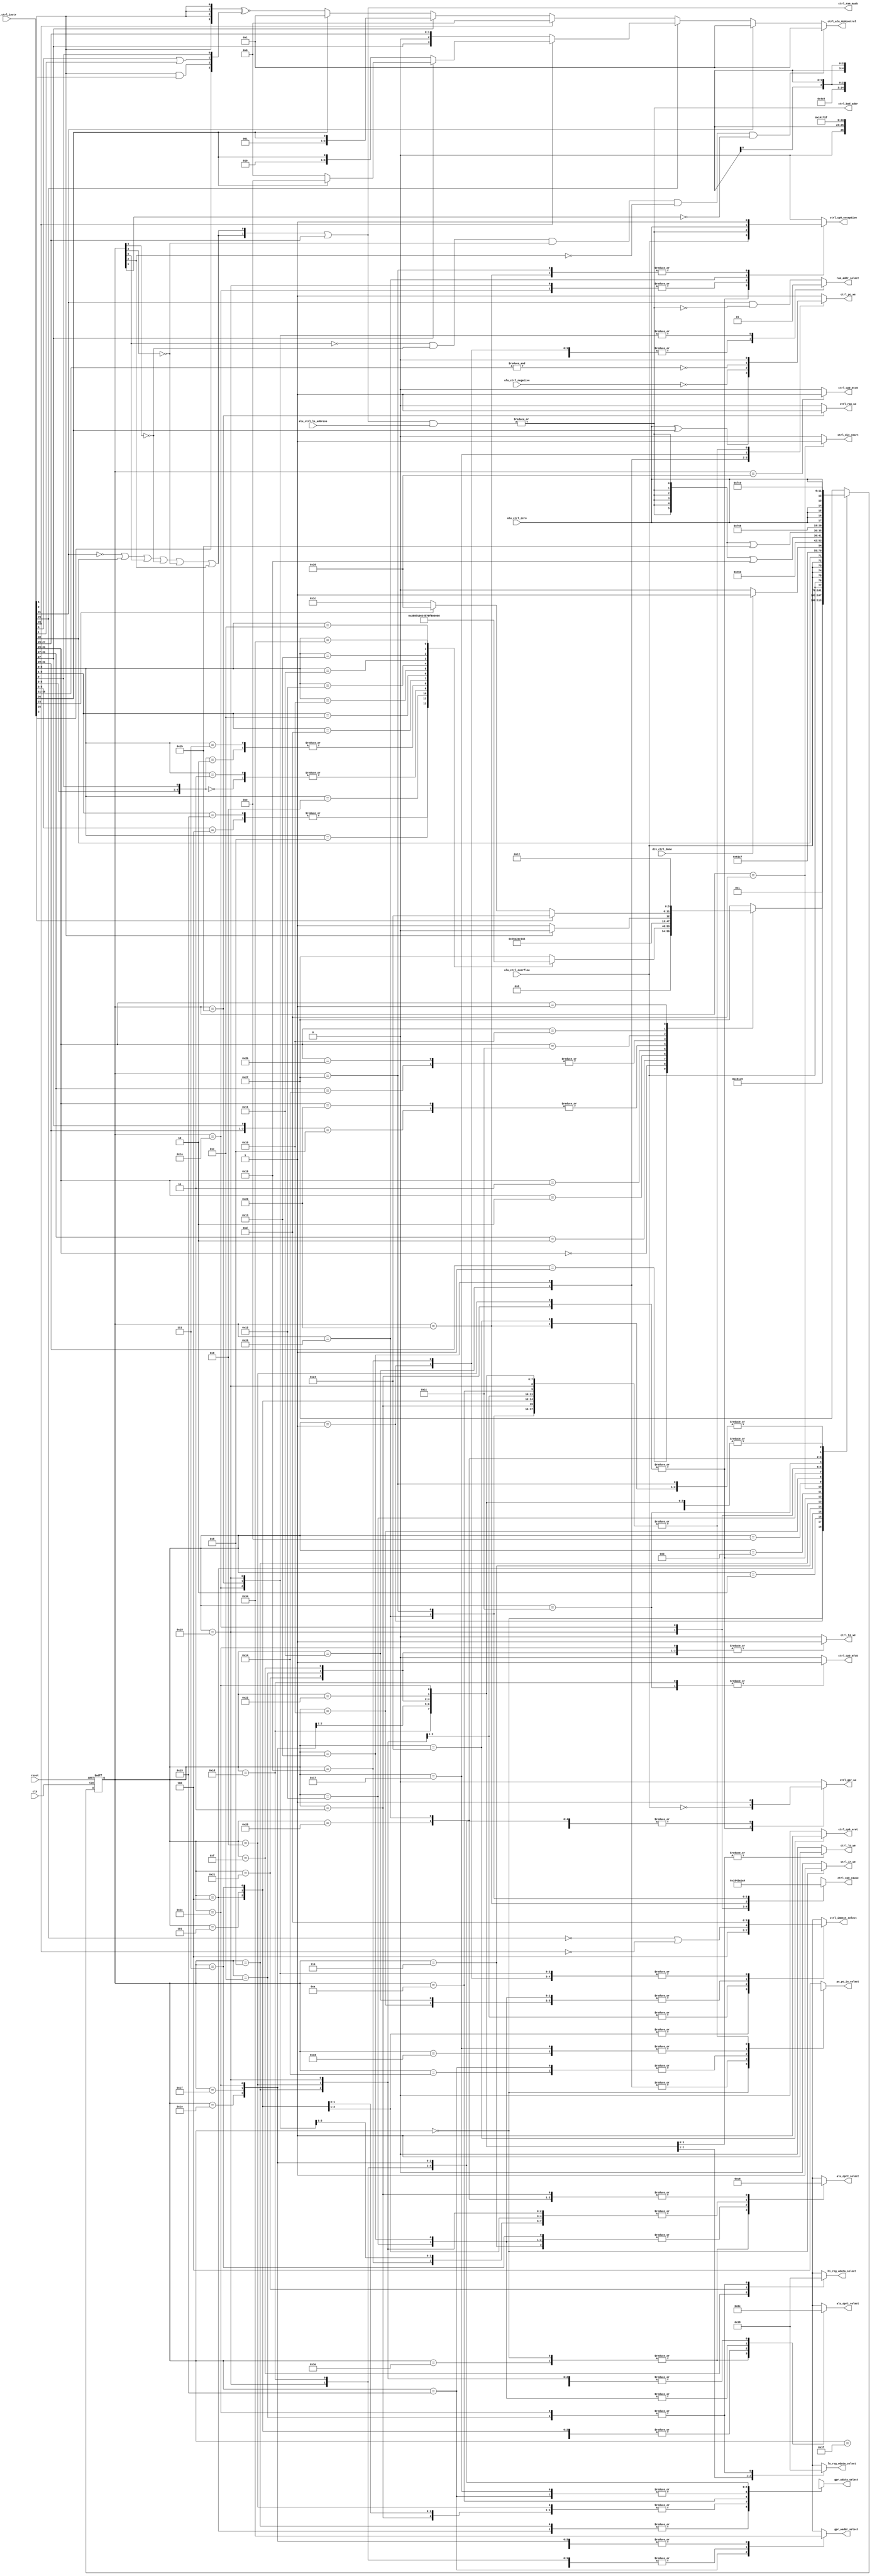
module Controller (
    input wire clk, // Src : clk
    input wire reset, // Src : reset
    input wire[31:0] ir_ctrl_instr, // Src : IR.ir_out
    input wire alu_ctrl_overflow, // Src : ALU.overflow
    input wire alu_ctrl_zero, // Src : ALU.zero
    input wire alu_ctrl_negative, // Src : ALU.negative
    input wire[1:0] alu_ctrl_ls_address, // Src : ALU.ALUresult[1:0]
    input wire div_ctrl_done, // Src : divCalulate.divDone

    output wire ctrl_ram_we,
    output wire[1:0] ctrl_ram_mask,
    output wire ctrl_bad_addr,
    output wire[3:0] ctrl_alu_ALUcontrol,
    output wire ctrl_pc_we,
    output wire ctrl_ir_we,
    output wire ctrl_gpr_we,
    output wire[1:0] ctrl_immext_select,
    output wire ctrl_div_start,
    output wire ctrl_hi_we,
    output wire ctrl_lo_we,
    output wire ctrl_cp0_mfc0,
    output wire ctrl_cp0_mtc0,
    output wire ctrl_cp0_exception,
    output wire ctrl_cp0_eret,
    output wire[4:0] ctrl_cp0_cause,

    // select signal
    output wire ram_addr_select,
    output wire[1:0] alu_opr1_select,
    output wire[1:0] alu_opr2_select,
    output wire[2:0] pc_pc_in_select,
    output wire[1:0] gpr_waddr_select,
    output wire[2:0] gpr_wdata_select,
    output wire[1:0] hi_reg_wdata_select,
    output wire[1:0] lo_reg_wdata_select
);
    // definitions
    parameter sFetch            = 6'd0;
    parameter sDecode           = 6'd1;
    parameter sALregExe         = 6'd2;
    parameter sALregWB          = 6'd3;
    parameter sShamtShiftExe    = 6'd4;
    parameter sShamtShiftWB     = 6'd5;
    parameter sVarShiftExe      = 6'd6;
    parameter sVarShiftWB       = 6'd7;
    parameter sALimmExe         = 6'd8;
    parameter sALimmWB          = 6'd9;
    parameter sClz              = 6'd10;
    parameter sMulExe           = 6'd11;
    parameter sMulWB            = 6'd12;
    parameter sDivStart         = 6'd13;
    parameter sDivExe           = 6'd14;
    parameter sDivWB            = 6'd15;
    parameter sBeqExe           = 6'd16;
    parameter sBeqWB            = 6'd17;
    parameter sBgezExe          = 6'd18;
    parameter sBgezWB           = 6'd19;
    parameter sJump             = 6'd20;
    parameter sJAL              = 6'd21;
    parameter sJR               = 6'd22;
    parameter sJALR             = 6'd23;
    parameter sLoadMem          = 6'd24;
    parameter sLoadWB           = 6'd25;
    parameter sStoreMem         = 6'd26;
    parameter sStoreWB          = 6'd27;
    parameter sMFC0Ask          = 6'd28;
    parameter sMFC0Get          = 6'd29;
    parameter sMFHI             = 6'd30;
    parameter sMFLO             = 6'd31;
    parameter sMTC0             = 6'd32;
    parameter sMTHI             = 6'd33;
    parameter sMTLO             = 6'd34;
    parameter sSyscall          = 6'd35;
    parameter sEret             = 6'd36;
    parameter sTeqExe           = 6'd37;
    parameter sTeqWB            = 6'd38;
    parameter sBreak            = 6'd39;
    parameter sMul3WB           = 6'd44;
    parameter sException        = 6'd63;
    parameter sInit             = 6'd62;

    reg[5:0] status_reg;

    assign ctrl_ram_mask = {2{~ir_ctrl_instr[31] | ir_ctrl_instr[30] | status_reg[5] | ~status_reg[4] | ~status_reg[3] | status_reg[2]}} | ir_ctrl_instr[27:26];

    assign ctrl_bad_addr = | (ctrl_ram_mask & alu_ctrl_ls_address);
    assign ctrl_alu_ALUcontrol = (~status_reg[5] & ~status_reg[4] & ~status_reg[3] & ~status_reg[2] & ~status_reg[1]) ? 4'b0001 :
                                    (ir_ctrl_instr[31] ? 4'b0001  // Load / Store
                                        :
                                        (ir_ctrl_instr[29] ?
                                            (ir_ctrl_instr[28] ? // 11xx
                                                (ir_ctrl_instr[27] ? // 111x
                                                    (ir_ctrl_instr[26] ? 4'b1110 : 4'b0110) 
                                                    : //1111 lui   1110 xori
                                                    {1'b0, ir_ctrl_instr[28:26]} //1101 ori   1100 andi
                                                    // (inst[26] ? 4'b0101 : 4'b0100) //1101 ori   1100 andi
                                                ) 
                                                : // 10xx
                                                {ir_ctrl_instr[27], ir_ctrl_instr[28:26]}
                                                // (inst[27] ? 
                                                //     (inst[26] ? 4'b1011 : 4'b1010) : //1011 sltiu    1010 slti
                                                //     (inst[26] ? 4'b0001 : 4'b0000) //1001 addiu   1000 addi
                                                // )
                                            )
                                            :
                                            (ir_ctrl_instr[28] ? // 01xx
                                                4'b0110 
                                                : // 00xx
                                                (ir_ctrl_instr[27] ? // 001x
                                                    {2'b00, ir_ctrl_instr[27:26]} : // 000x
                                                    // (ir_ctrl_instr[26] ? 4'b1011 : 4'b1010) : //0011 jal   0010 j
                                                    (ir_ctrl_instr[26] ? 4'b0001 : {4{ir_ctrl_instr[5]}} ~^ {ir_ctrl_instr[3], ir_ctrl_instr[5] & ir_ctrl_instr[2], ir_ctrl_instr[4] | ir_ctrl_instr[1], ir_ctrl_instr[0]}) //0001 bgez   0000 R type & teq
                                                )
                                            )
                                        )
                                    );


    always @(posedge clk or posedge reset) begin
        if (reset) begin
            status_reg <= sFetch;
        end
        else begin
            case (status_reg)
                sFetch:
                    status_reg <= sDecode;
                sDecode:
                    begin
                        casex (ir_ctrl_instr[31:26])
                            6'b001xxx:
                                status_reg <= sALimmExe;
                            
                            6'b000000:
                                begin
                                    casex (ir_ctrl_instr[5:0])
                                        6'b100xxx:
                                            status_reg <= sALregExe;
                                        6'b10101x:
                                            status_reg <= sALregExe;

                                        6'b001000:
                                            status_reg <= sJR;

                                        6'b001001:
                                            status_reg <= sJALR;

                                        6'b0000x0:
                                            status_reg <= sShamtShiftExe;
                                        6'b000011:
                                            status_reg <= sShamtShiftExe;

                                        6'b0001x0:
                                            status_reg <= sVarShiftExe;
                                        6'b000111:
                                            status_reg <= sVarShiftExe;

                                        6'b01101x:
                                            status_reg <= sDivStart;
                                        
                                        6'b01100x:
                                            status_reg <= sMulExe;
                                        
                                        6'b010000:
                                            status_reg <= sMFHI;

                                        6'b010010:
                                            status_reg <= sMFLO;

                                        6'b010001:
                                            status_reg <= sMTHI;

                                        6'b010011:
                                            status_reg <= sMTLO;

                                        6'b001100:
                                            status_reg <= sSyscall;

                                        6'b110100:
                                            status_reg <= sTeqExe;

                                        6'b001101:
                                            status_reg <= sBreak;

                                        default: 
                                            status_reg <= sBreak;
                                    endcase
                                end
                            
                            6'b00010x:
                                status_reg <= sBeqExe;
                            
                            6'b000010:
                                status_reg <= sJump;

                            6'b000011:
                                status_reg <= sJAL;

                            6'b100x0x:
                                status_reg <= sLoadMem;
                            6'b100011:
                                status_reg <= sLoadMem;

                            6'b10100x:
                                status_reg <= sStoreMem;
                            6'b101011:
                                status_reg <= sStoreMem;

                            6'b011100:
                                status_reg <= ir_ctrl_instr[5] ? sClz : sMulExe;

                            6'b010000:
                                status_reg <= ir_ctrl_instr[25] ? sEret : (ir_ctrl_instr[23] ? sMTC0 : sMFC0Ask);

                            6'b000001:
                                status_reg <= sBgezExe;
                            default: 
                                status_reg <= sBreak;
                        endcase
                    end

                sALregExe:
                    status_reg <= sALregWB;
                sALregWB:
                    status_reg <= {6{alu_ctrl_overflow}};

                sShamtShiftExe:
                    status_reg <= sShamtShiftWB;
                sShamtShiftWB:
                    status_reg <= sFetch;

                sVarShiftExe:
                    status_reg <= sVarShiftWB;
                sVarShiftWB:
                    status_reg <= sFetch;

                sALimmExe:
                    status_reg <= sALimmWB;
                sALimmWB:
                    status_reg <= {6{alu_ctrl_overflow}};

                sClz:
                    status_reg <= sFetch;

                sMulExe:
                    status_reg <= {ir_ctrl_instr[30], 5'b01100};
                sMulWB:
                    status_reg <= sFetch;

                sDivStart:
                    status_reg <= sDivExe;
                sDivExe:
                    status_reg <= div_ctrl_done ? sDivWB : sDivExe;
                sDivWB:
                    status_reg <= sFetch;

                sBeqExe:
                    status_reg <= sBeqWB;
                sBeqWB:
                    status_reg <= sFetch;

                sBgezExe:
                    status_reg <= sBgezWB;
                sBgezWB:
                    status_reg <= sFetch;

                sJump:
                    status_reg <= sFetch;

                sJAL:
                    status_reg <= sFetch;

                sJR:
                    status_reg <= sFetch;
                
                sJALR:
                    status_reg <= sFetch;
                
                sLoadMem:
                    status_reg <= {6{ctrl_bad_addr}} | sLoadWB;
                sLoadWB:
                    status_reg <= sFetch;

                sStoreMem:
                    status_reg <= {6{ctrl_bad_addr}} | sStoreWB;
                sStoreWB:
                    status_reg <= sFetch;

                sMFC0Ask:
                    status_reg <= sMFC0Get;
                sMFC0Get:
                    status_reg <= sFetch;

                sMFHI:
                    status_reg <= sFetch;

                sMFLO:
                    status_reg <= sFetch;

                sMTC0:
                    status_reg <= sFetch;

                sMTHI:
                    status_reg <= sFetch;

                sMTLO:
                    status_reg <= sFetch;

                sSyscall:
                    status_reg <= sException;

                sEret:
                    status_reg <= sException;

                sTeqExe:
                    status_reg <= sTeqWB;
                sTeqWB:
                    status_reg <= {6{alu_ctrl_zero}};

                sBreak:
                    status_reg <= sException;

                sMul3WB:
                    status_reg <= sFetch;

                sException:
                    status_reg <= sFetch;

                sInit:
                    status_reg <= sFetch;
                default:
                    status_reg <= sBreak;
            endcase
        end
    end

    // control signals
    reg ram_we;
    reg pc_we;
    reg ir_we;
    reg gpr_we;
    reg[1:0] immext_select;
    reg div_start;
    reg hi_we;
    reg lo_we;
    reg cp0_mfc0;
    reg cp0_mtc0;
    reg cp0_exception;
    reg cp0_eret;
    reg[4:0] cp0_cause;

    // select signals
    reg addr_select;
    reg[1:0] opr1_select;
    reg[1:0] opr2_select;
    reg[2:0] pc_in_select;
    reg[1:0] reg_gpr_waddr_select;
    reg[2:0] reg_gpr_wdata_select;
    reg[1:0] reg_hi_reg_wdata_select;
    reg[1:0] reg_lo_reg_wdata_select;
    
    assign ctrl_ram_we = ram_we;
    assign ctrl_pc_we = pc_we;
    assign ctrl_ir_we = ir_we;
    assign ctrl_gpr_we = gpr_we;
    assign ctrl_immext_select = immext_select;
    assign ctrl_div_start = div_start;
    assign ctrl_hi_we = hi_we;
    assign ctrl_lo_we = lo_we;
    assign ctrl_cp0_mfc0 = cp0_mfc0;
    assign ctrl_cp0_mtc0 = cp0_mtc0;
    assign ctrl_cp0_exception = cp0_exception;
    assign ctrl_cp0_eret = cp0_eret;
    assign ctrl_cp0_cause = cp0_cause;

    assign ram_addr_select = addr_select;
    assign alu_opr1_select = opr1_select;
    assign alu_opr2_select = opr2_select;
    assign pc_pc_in_select = pc_in_select;
    assign gpr_waddr_select = reg_gpr_waddr_select;
    assign gpr_wdata_select = reg_gpr_wdata_select;
    assign hi_reg_wdata_select = reg_hi_reg_wdata_select;
    assign lo_reg_wdata_select = reg_lo_reg_wdata_select;


    parameter ram_addr_select_pc = 1'b0;
    parameter ram_addr_select_alu = 1'b1;

    parameter alu_opr1_select_gpr_rdata1 = 2'b00;
    parameter alu_opr1_select_pc = 2'b01;
    parameter alu_opr1_select_gpr_rdata2 = 2'b10;
    parameter alu_opr1_select_const_0 = 2'b11;

    parameter alu_opr2_select_gpr_rdata1 = 2'b00;
    parameter alu_opr2_select_extResult = 2'b01;
    parameter alu_opr2_select_gpr_rdata2 = 2'b10;
    parameter alu_opr2_select_const_4 = 2'b11;

    parameter pc_in_select_gpr_rdata1 = 3'b000;
    parameter pc_in_select_concatResult = 3'b001;
    parameter pc_in_select_alu = 3'b010;
    parameter pc_in_select_branchCalcResult = 3'b011;
    parameter pc_in_select_cp0_exc_addr = 3'b100;

    parameter gpr_waddr_select_ir_1511 = 2'b00;
    parameter gpr_waddr_select_ir_2016 = 2'b01;
    parameter gpr_waddr_select_const_31 = 2'b11;

    parameter gpr_wdata_select_alu = 3'b000;
    parameter gpr_wdata_select_ram = 3'b001;
    parameter gpr_wdata_select_pc = 3'b010;
    parameter gpr_wdata_select_cp0 = 3'b011;
    parameter gpr_wdata_select_hi = 3'b100;
    parameter gpr_wdata_select_lo = 3'b101;
    parameter gpr_wdata_select_clz = 3'b110;
    parameter gpr_wdata_select_multLo = 3'b111;

    parameter hi_wdata_select_mult = 2'b00;
    parameter hi_wdata_select_div = 2'b01;
    parameter hi_wdata_select_gpr = 2'b10;

    parameter lo_wdata_select_mult = 2'b00;
    parameter lo_wdata_select_div = 2'b01;
    parameter lo_wdata_select_gpr = 2'b10;
    
    always @(*) begin
        case (status_reg)
            sInit:
                begin
                    ram_we <= 0;
                    pc_we <= 0;
                    ir_we <= 0;
                    gpr_we <= 0;
                    immext_select <= 2'bxx;
                    div_start <= 0;
                    hi_we <= 0;
                    lo_we <= 0;
                    cp0_mfc0 <= 0;
                    cp0_mtc0 <= 0;
                    cp0_exception <= 0;
                    cp0_eret <= 0;
                    cp0_cause <= 5'bxxxxx;

                    addr_select <= ram_addr_select_pc;
                    opr1_select <= alu_opr1_select_pc;
                    opr2_select <= alu_opr2_select_const_4;
                    pc_in_select <= 3'bxxx;
                    reg_gpr_waddr_select <= 2'bxx;
                    reg_gpr_wdata_select <= 3'bxxx;
                    reg_hi_reg_wdata_select <= 2'bxx;
                    reg_lo_reg_wdata_select <= 2'bxx;
                end
            sFetch:
                begin
                    ram_we <= 0;
                    pc_we <= 1;
                    ir_we <= 1;
                    gpr_we <= 0;
                    immext_select <= 2'bxx;
                    div_start <= 0;
                    hi_we <= 0;
                    lo_we <= 0;
                    cp0_mfc0 <= 0;
                    cp0_mtc0 <= 0;
                    cp0_exception <= 0;
                    cp0_eret <= 0;
                    cp0_cause <= 5'bxxxxx;

                    addr_select <= ram_addr_select_pc;
                    opr1_select <= alu_opr1_select_pc;
                    opr2_select <= alu_opr2_select_const_4;
                    pc_in_select <= pc_in_select_alu;
                    reg_gpr_waddr_select <= 2'bxx;
                    reg_gpr_wdata_select <= 3'bxxx;
                    reg_hi_reg_wdata_select <= 2'bxx;
                    reg_lo_reg_wdata_select <= 2'bxx;
                end 
            
            sDecode:
                begin
                    ram_we <= 0;
                    pc_we <= 0;
                    ir_we <= 0;
                    gpr_we <= 0;
                    immext_select <= 2'b01;
                    div_start <= 0;
                    hi_we <= 0;
                    lo_we <= 0;
                    cp0_mfc0 <= 0;
                    cp0_mtc0 <= 0;
                    cp0_exception <= 0;
                    cp0_eret <= 0;
                    cp0_cause <= 5'bxxxxx;

                    addr_select <= ram_addr_select_pc;
                    opr1_select <= alu_opr1_select_gpr_rdata1;
                    opr2_select <= alu_opr2_select_extResult;
                    pc_in_select <= 3'bxxx;
                    reg_gpr_waddr_select <= 2'bxx;
                    reg_gpr_wdata_select <= 3'bxxx;
                    reg_hi_reg_wdata_select <= 2'bxx;
                    reg_lo_reg_wdata_select <= 2'bxx;
                end

            sALregExe:
                begin
                    ram_we <= 0;
                    pc_we <= 0;
                    ir_we <= 0;
                    gpr_we <= 0;
                    immext_select <= 2'bxx;
                    div_start <= 0;
                    hi_we <= 0;
                    lo_we <= 0;
                    cp0_mfc0 <= 0;
                    cp0_mtc0 <= 0;
                    cp0_exception <= 0;
                    cp0_eret <= 0;
                    cp0_cause <= 5'bxxxxx;

                    addr_select <= ir_ctrl_instr[31] & ~ctrl_bad_addr;
                    opr1_select <= alu_opr1_select_gpr_rdata1;
                    opr2_select <= alu_opr2_select_gpr_rdata2;
                    pc_in_select <= 3'bxxx;
                    reg_gpr_waddr_select <= 2'bxx;
                    reg_gpr_wdata_select <= 3'bxxx;
                    reg_hi_reg_wdata_select <= 2'bxx;
                    reg_lo_reg_wdata_select <= 2'bxx;
                end

            sALregWB:
                begin
                    ram_we <= 0;
                    pc_we <= 0;
                    ir_we <= 0;
                    gpr_we <= ~alu_ctrl_overflow;
                    immext_select <= 2'bxx;
                    div_start <= 0;
                    hi_we <= 0;
                    lo_we <= 0;
                    cp0_mfc0 <= 0;
                    cp0_mtc0 <= 0;
                    cp0_exception <= alu_ctrl_overflow;
                    cp0_eret <= 0;
                    cp0_cause <= 5'b01100;

                    addr_select <= ir_ctrl_instr[31] & ~ctrl_bad_addr;
                    opr1_select <= alu_opr1_select_gpr_rdata1;
                    opr2_select <= alu_opr2_select_gpr_rdata2;
                    pc_in_select <= 3'bxxx;
                    reg_gpr_waddr_select <= gpr_waddr_select_ir_1511;
                    reg_gpr_wdata_select <= gpr_wdata_select_alu;
                    reg_hi_reg_wdata_select <= 2'bxx;
                    reg_lo_reg_wdata_select <= 2'bxx;
                end

            sShamtShiftExe:
                begin
                    ram_we <= 0;
                    pc_we <= 0;
                    ir_we <= 0;
                    gpr_we <= 0;
                    immext_select <= 2'b10;
                    div_start <= 0;
                    hi_we <= 0;
                    lo_we <= 0;
                    cp0_mfc0 <= 0;
                    cp0_mtc0 <= 0;
                    cp0_exception <= 0;
                    cp0_eret <= 0;
                    cp0_cause <= 5'bxxxxx;

                    addr_select <= ir_ctrl_instr[31] & ~ctrl_bad_addr;
                    opr1_select <= alu_opr1_select_gpr_rdata2;
                    opr2_select <= alu_opr2_select_extResult;
                    pc_in_select <= 3'bxxx;
                    reg_gpr_waddr_select <= 2'bxx;
                    reg_gpr_wdata_select <= 2'bxx;
                    reg_hi_reg_wdata_select <= 2'bxx;
                    reg_lo_reg_wdata_select <= 2'bxx;
                end

            sShamtShiftWB:
                begin
                    ram_we <= 0;
                    pc_we <= 0;
                    ir_we <= 0;
                    gpr_we <= 1;
                    immext_select <= 2'b10;
                    div_start <= 0;
                    hi_we <= 0;
                    lo_we <= 0;
                    cp0_mfc0 <= 0;
                    cp0_mtc0 <= 0;
                    cp0_exception <= 0;
                    cp0_eret <= 0;
                    cp0_cause <= 5'bxxxxx;

                    addr_select <= ir_ctrl_instr[31] & ~ctrl_bad_addr;
                    opr1_select <= alu_opr1_select_gpr_rdata2;
                    opr2_select <= alu_opr2_select_extResult;
                    pc_in_select <= 3'bxxx;
                    reg_gpr_waddr_select <= gpr_waddr_select_ir_1511;
                    reg_gpr_wdata_select <= gpr_wdata_select_alu;
                    reg_hi_reg_wdata_select <= 2'bxx;
                    reg_lo_reg_wdata_select <= 2'bxx;
                end

            sVarShiftExe:
                begin
                    ram_we <= 0;
                    pc_we <= 0;
                    ir_we <= 0;
                    gpr_we <= 0;
                    immext_select <= 2'bxx;
                    div_start <= 0;
                    hi_we <= 0;
                    lo_we <= 0;
                    cp0_mfc0 <= 0;
                    cp0_mtc0 <= 0;
                    cp0_exception <= 0;
                    cp0_eret <= 0;
                    cp0_cause <= 5'bxxxxx;

                    addr_select <= ir_ctrl_instr[31] & ~ctrl_bad_addr;
                    opr1_select <= alu_opr1_select_gpr_rdata2;
                    opr2_select <= alu_opr2_select_gpr_rdata1;
                    pc_in_select <= 3'bxxx;
                    reg_gpr_waddr_select <= 2'bxx;
                    reg_gpr_wdata_select <= 3'bxxx;
                    reg_hi_reg_wdata_select <= 2'bxx;
                    reg_lo_reg_wdata_select <= 2'bxx;
                end

            sVarShiftWB:
                begin
                    ram_we <= 0;
                    pc_we <= 0;
                    ir_we <= 0;
                    gpr_we <= 1;
                    immext_select <= 2'bxx;
                    div_start <= 0;
                    hi_we <= 0;
                    lo_we <= 0;
                    cp0_mfc0 <= 0;
                    cp0_mtc0 <= 0;
                    cp0_exception <= 0;
                    cp0_eret <= 0;
                    cp0_cause <= 5'bxxxxx;

                    addr_select <= ir_ctrl_instr[31] & ~ctrl_bad_addr;
                    opr1_select <= alu_opr1_select_gpr_rdata2;
                    opr2_select <= alu_opr2_select_gpr_rdata1;
                    pc_in_select <= 3'bxxx;
                    reg_gpr_waddr_select <= gpr_waddr_select_ir_1511;
                    reg_gpr_wdata_select <= gpr_wdata_select_alu;
                    reg_hi_reg_wdata_select <= 2'bxx;
                    reg_lo_reg_wdata_select <= 2'bxx;
                end

            sALimmExe:
                begin
                    ram_we <= 0;
                    pc_we <= 0;
                    ir_we <= 0;
                    gpr_we <= 0;
                    immext_select <= {1'b0, ~ir_ctrl_instr[29] | ~ir_ctrl_instr[28]};
                    div_start <= 0;
                    hi_we <= 0;
                    lo_we <= 0;
                    cp0_mfc0 <= 0;
                    cp0_mtc0 <= 0;
                    cp0_exception <= 0;
                    cp0_eret <= 0;
                    cp0_cause <= 5'bxxxxx;

                    addr_select <= ir_ctrl_instr[31] & ~ctrl_bad_addr;
                    opr1_select <= alu_opr1_select_gpr_rdata1;
                    opr2_select <= alu_opr2_select_extResult;
                    pc_in_select <= 3'bxxx;
                    reg_gpr_waddr_select <= 2'bxx;
                    reg_gpr_wdata_select <= 2'bxx;
                    reg_hi_reg_wdata_select <= 2'bxx;
                    reg_lo_reg_wdata_select <= 2'bxx;
                end

            sALimmWB:
                begin
                    ram_we <= 0;
                    pc_we <= 0;
                    ir_we <= 0;
                    gpr_we <= ~alu_ctrl_overflow;
                    immext_select <= {1'b0, ~ir_ctrl_instr[29] | ~ir_ctrl_instr[28]};
                    div_start <= 0;
                    hi_we <= 0;
                    lo_we <= 0;
                    cp0_mfc0 <= 0;
                    cp0_mtc0 <= 0;
                    cp0_exception <= alu_ctrl_overflow;
                    cp0_eret <= 0;
                    cp0_cause <= 5'b01100;

                    addr_select <= ir_ctrl_instr[31] & ~ctrl_bad_addr;
                    opr1_select <= alu_opr1_select_gpr_rdata1;
                    opr2_select <= alu_opr2_select_extResult;
                    pc_in_select <= 3'bxxx;
                    reg_gpr_waddr_select <= gpr_waddr_select_ir_2016;
                    reg_gpr_wdata_select <= gpr_wdata_select_alu;
                    reg_hi_reg_wdata_select <= 2'bxx;
                    reg_lo_reg_wdata_select <= 2'bxx;
                end
            
            sClz:
                begin
                    ram_we <= 0;
                    pc_we <= 0;
                    ir_we <= 0;
                    gpr_we <= 1;
                    immext_select <= 2'bxx;
                    div_start <= 0;
                    hi_we <= 0;
                    lo_we <= 0;
                    cp0_mfc0 <= 0;
                    cp0_mtc0 <= 0;
                    cp0_exception <= 0;
                    cp0_eret <= 0;
                    cp0_cause <= 5'bxxxxx;

                    addr_select <= ir_ctrl_instr[31] & ~ctrl_bad_addr;
                    opr1_select <= 2'bxx;
                    opr2_select <= 2'bxx;
                    pc_in_select <= 3'bxxx;
                    reg_gpr_waddr_select <= gpr_waddr_select_ir_1511;
                    reg_gpr_wdata_select <= gpr_wdata_select_clz;
                    reg_hi_reg_wdata_select <= 2'bxx;
                    reg_lo_reg_wdata_select <= 2'bxx;
                end

            sMulExe:
                begin
                    ram_we <= 0;
                    pc_we <= 0;
                    ir_we <= 0;
                    gpr_we <= 0;
                    immext_select <= 2'bxx;
                    div_start <= 0;
                    hi_we <= 0;
                    lo_we <= 0;
                    cp0_mfc0 <= 0;
                    cp0_mtc0 <= 0;
                    cp0_exception <= 0;
                    cp0_eret <= 0;
                    cp0_cause <= 5'bxxxxx;

                    addr_select <= ir_ctrl_instr[31] & ~ctrl_bad_addr;
                    opr1_select <= 2'bxx;
                    opr2_select <= 2'bxx;
                    pc_in_select <= 3'bxxx;
                    reg_gpr_waddr_select <= 2'bxx;
                    reg_gpr_wdata_select <= 3'bxxx;
                    reg_hi_reg_wdata_select <= 2'bxx;
                    reg_lo_reg_wdata_select <= 2'bxx;
                end

            sMulWB:
                begin
                    ram_we <= 0;
                    pc_we <= 0;
                    ir_we <= 0;
                    gpr_we <= 0;
                    immext_select <= 2'bxx;
                    div_start <= 0;
                    hi_we <= 1;
                    lo_we <= 1;
                    cp0_mfc0 <= 0;
                    cp0_mtc0 <= 0;
                    cp0_exception <= 0;
                    cp0_eret <= 0;
                    cp0_cause <= 5'bxxxxx;

                    addr_select <= ir_ctrl_instr[31] & ~ctrl_bad_addr;
                    opr1_select <= 2'bxx;
                    opr2_select <= 2'bxx;
                    pc_in_select <= 3'bxxx;
                    reg_gpr_waddr_select <= 2'bxx;
                    reg_gpr_wdata_select <= 3'bxxx;
                    reg_hi_reg_wdata_select <= hi_wdata_select_mult;
                    reg_lo_reg_wdata_select <= lo_wdata_select_mult;
                end

            sDivStart:
                begin
                    ram_we <= 0;
                    pc_we <= 0;
                    ir_we <= 0;
                    gpr_we <= 0;
                    immext_select <= 2'bxx;
                    div_start <= 1;
                    hi_we <= 0;
                    lo_we <= 0;
                    cp0_mfc0 <= 0;
                    cp0_mtc0 <= 0;
                    cp0_exception <= 0;
                    cp0_eret <= 0;
                    cp0_cause <= 5'bxxxxx;

                    addr_select <= ir_ctrl_instr[31] & ~ctrl_bad_addr;
                    opr1_select <= 2'bxx;
                    opr2_select <= 2'bxx;
                    pc_in_select <= 3'bxxx;
                    reg_gpr_waddr_select <= 2'bxx;
                    reg_gpr_wdata_select <= 3'bxxx;
                    reg_hi_reg_wdata_select <= 2'bxx;
                    reg_lo_reg_wdata_select <= 2'bxx;
                end

            sDivExe:
                begin
                    ram_we <= 0;
                    pc_we <= 0;
                    ir_we <= 0;
                    gpr_we <= 0;
                    immext_select <= 2'bxx;
                    div_start <= 0;
                    hi_we <= 0;
                    lo_we <= 0;
                    cp0_mfc0 <= 0;
                    cp0_mtc0 <= 0;
                    cp0_exception <= 0;
                    cp0_eret <= 0;
                    cp0_cause <= 5'bxxxxx;

                    addr_select <= ir_ctrl_instr[31] & ~ctrl_bad_addr;
                    opr1_select <= 2'bxx;
                    opr2_select <= 2'bxx;
                    pc_in_select <= 3'bxxx;
                    reg_gpr_waddr_select <= 2'bxx;
                    reg_gpr_wdata_select <= 3'bxxx;
                    reg_hi_reg_wdata_select <= 2'bxx;
                    reg_lo_reg_wdata_select <= 2'bxx;
                end

            sDivWB:
                begin
                    ram_we <= 0;
                    pc_we <= 0;
                    ir_we <= 0;
                    gpr_we <= 0;
                    immext_select <= 2'bxx;
                    div_start <= 0;
                    hi_we <= 1;
                    lo_we <= 1;
                    cp0_mfc0 <= 0;
                    cp0_mtc0 <= 0;
                    cp0_exception <= 0;
                    cp0_eret <= 0;
                    cp0_cause <= 5'bxxxxx;

                    addr_select <= ir_ctrl_instr[31] & ~ctrl_bad_addr;
                    opr1_select <= 2'bxx;
                    opr2_select <= 2'bxx;
                    pc_in_select <= 3'bxxx;
                    reg_gpr_waddr_select <= 2'bxx;
                    reg_gpr_wdata_select <= 3'bxxx;
                    reg_hi_reg_wdata_select <= hi_wdata_select_div;
                    reg_lo_reg_wdata_select <= lo_wdata_select_div;
                end

            sBeqExe:
                begin
                    ram_we <= 0;
                    pc_we <= 0;
                    ir_we <= 0;
                    gpr_we <= 0;
                    immext_select <= 2'b11;
                    div_start <= 0;
                    hi_we <= 0;
                    lo_we <= 0;
                    cp0_mfc0 <= 0;
                    cp0_mtc0 <= 0;
                    cp0_exception <= 0;
                    cp0_eret <= 0;
                    cp0_cause <= 5'bxxxxx;

                    addr_select <= ir_ctrl_instr[31] & ~ctrl_bad_addr;
                    opr1_select <= alu_opr1_select_gpr_rdata1;
                    opr2_select <= alu_opr2_select_gpr_rdata2;
                    pc_in_select <= 3'bxxx;
                    reg_gpr_waddr_select <= 2'bxx;
                    reg_gpr_wdata_select <= 3'bxxx;
                    reg_hi_reg_wdata_select <= 2'bxx;
                    reg_lo_reg_wdata_select <= 2'bxx;
                end

            sBeqWB:
                begin
                    ram_we <= 0;
                    pc_we <= alu_ctrl_zero ^ ir_ctrl_instr[26];
                    ir_we <= 0;
                    gpr_we <= 0;
                    immext_select <= 2'b11;
                    div_start <= 0;
                    hi_we <= 0;
                    lo_we <= 0;
                    cp0_mfc0 <= 0;
                    cp0_mtc0 <= 0;
                    cp0_exception <= 0;
                    cp0_eret <= 0;
                    cp0_cause <= 5'bxxxxx;

                    addr_select <= ir_ctrl_instr[31] & ~ctrl_bad_addr;
                    opr1_select <= alu_opr1_select_gpr_rdata1;
                    opr2_select <= alu_opr2_select_gpr_rdata2;
                    pc_in_select <= pc_in_select_branchCalcResult;
                    reg_gpr_waddr_select <= 2'bxx;
                    reg_gpr_wdata_select <= 3'bxxx;
                    reg_hi_reg_wdata_select <= 2'bxx;
                    reg_lo_reg_wdata_select <= 2'bxx;
                end

            sBgezExe:
                begin
                    ram_we <= 0;
                    pc_we <= 0;
                    ir_we <= 0;
                    gpr_we <= 0;
                    immext_select <= 2'b11;
                    div_start <= 0;
                    hi_we <= 0;
                    lo_we <= 0;
                    cp0_mfc0 <= 0;
                    cp0_mtc0 <= 0;
                    cp0_exception <= 0;
                    cp0_eret <= 0;
                    cp0_cause <= 5'bxxxxx;

                    addr_select <= ir_ctrl_instr[31] & ~ctrl_bad_addr;
                    opr1_select <= alu_opr1_select_const_0;
                    opr2_select <= alu_opr2_select_gpr_rdata1;
                    pc_in_select <= 3'bxxx;
                    reg_gpr_waddr_select <= 2'bxx;
                    reg_gpr_wdata_select <= 3'bxxx;
                    reg_hi_reg_wdata_select <= 2'bxx;
                    reg_lo_reg_wdata_select <= 2'bxx;
                end

            sBgezWB:
                begin
                    ram_we <= 0;
                    pc_we <= ~alu_ctrl_negative;
                    ir_we <= 0;
                    gpr_we <= 0;
                    immext_select <= 2'b11;
                    div_start <= 0;
                    hi_we <= 0;
                    lo_we <= 0;
                    cp0_mfc0 <= 0;
                    cp0_mtc0 <= 0;
                    cp0_exception <= 0;
                    cp0_eret <= 0;
                    cp0_cause <= 5'bxxxxx;

                    addr_select <= ir_ctrl_instr[31] & ~ctrl_bad_addr;
                    opr1_select <= alu_opr1_select_const_0;
                    opr2_select <= alu_opr2_select_gpr_rdata1;
                    pc_in_select <= pc_in_select_branchCalcResult;
                    reg_gpr_waddr_select <= 2'bxx;
                    reg_gpr_wdata_select <= 3'bxxx;
                    reg_hi_reg_wdata_select <= 2'bxx;
                    reg_lo_reg_wdata_select <= 2'bxx;
                end

            sJump:
                begin
                    ram_we <= 0;
                    pc_we <= 1;
                    ir_we <= 0;
                    gpr_we <= 0;
                    immext_select <= 2'bxx;
                    div_start <= 0;
                    hi_we <= 0;
                    lo_we <= 0;
                    cp0_mfc0 <= 0;
                    cp0_mtc0 <= 0;
                    cp0_exception <= 0;
                    cp0_eret <= 0;
                    cp0_cause <= 5'bxxxxx;

                    addr_select <= ir_ctrl_instr[31] & ~ctrl_bad_addr;
                    opr1_select <= 2'bxx;
                    opr2_select <= 2'bxx;
                    pc_in_select <= pc_in_select_concatResult;
                    reg_gpr_waddr_select <= 2'bxx;
                    reg_gpr_wdata_select <= 3'bxxx;
                    reg_hi_reg_wdata_select <= 2'bxx;
                    reg_lo_reg_wdata_select <= 2'bxx;
                end

            sJAL:
                begin
                    ram_we <= 0;
                    pc_we <= 1;
                    ir_we <= 0;
                    gpr_we <= 1;
                    immext_select <= 2'bxx;
                    div_start <= 0;
                    hi_we <= 0;
                    lo_we <= 0;
                    cp0_mfc0 <= 0;
                    cp0_mtc0 <= 0;
                    cp0_exception <= 0;
                    cp0_eret <= 0;
                    cp0_cause <= 5'bxxxxx;

                    addr_select <= ir_ctrl_instr[31] & ~ctrl_bad_addr;
                    opr1_select <= 2'bxx;
                    opr2_select <= 2'bxx;
                    pc_in_select <= pc_in_select_concatResult;
                    reg_gpr_waddr_select <= gpr_waddr_select_const_31;
                    reg_gpr_wdata_select <= gpr_wdata_select_pc;
                    reg_hi_reg_wdata_select <= 2'bxx;
                    reg_lo_reg_wdata_select <= 2'bxx;
                end

            sJR:
                begin
                    ram_we <= 0;
                    pc_we <= 1;
                    ir_we <= 0;
                    gpr_we <= 0;
                    immext_select <= 2'bxx;
                    div_start <= 0;
                    hi_we <= 0;
                    lo_we <= 0;
                    cp0_mfc0 <= 0;
                    cp0_mtc0 <= 0;
                    cp0_exception <= 0;
                    cp0_eret <= 0;
                    cp0_cause <= 5'bxxxxx;

                    addr_select <= ir_ctrl_instr[31] & ~ctrl_bad_addr;
                    opr1_select <= 2'bxx;
                    opr2_select <= 2'bxx;
                    pc_in_select <= pc_in_select_gpr_rdata1;
                    reg_gpr_waddr_select <= 2'bxx;
                    reg_gpr_wdata_select <= 3'bxxx;
                    reg_hi_reg_wdata_select <= 2'bxx;
                    reg_lo_reg_wdata_select <= 2'bxx;
                end

            sJALR:
                begin
                    ram_we <= 0;
                    pc_we <= ~(& ir_ctrl_instr[15:11]);
                    ir_we <= 0;
                    gpr_we <= 1;
                    immext_select <= 2'bxx;
                    div_start <= 0;
                    hi_we <= 0;
                    lo_we <= 0;
                    cp0_mfc0 <= 0;
                    cp0_mtc0 <= 0;
                    cp0_exception <= 0;
                    cp0_eret <= 0;
                    cp0_cause <= 5'bxxxxx;

                    addr_select <= ir_ctrl_instr[31] & ~ctrl_bad_addr;
                    opr1_select <= 2'bxx;
                    opr2_select <= 2'bxx;
                    pc_in_select <= pc_in_select_gpr_rdata1;
                    reg_gpr_waddr_select <= gpr_waddr_select_ir_1511;
                    reg_gpr_wdata_select <= gpr_wdata_select_pc;
                    reg_hi_reg_wdata_select <= 2'bxx;
                    reg_lo_reg_wdata_select <= 2'bxx;
                end

            sLoadMem:
                begin
                    ram_we <= 0;
                    pc_we <= 0;
                    ir_we <= 0;
                    gpr_we <= 1;
                    immext_select <= 2'b01;
                    div_start <= 0;
                    hi_we <= 0;
                    lo_we <= 0;
                    cp0_mfc0 <= 0;
                    cp0_mtc0 <= 0;
                    cp0_exception <= ctrl_bad_addr;
                    cp0_eret <= 0;
                    cp0_cause <= 5'b00100;

                    addr_select <= ram_addr_select_alu;
                    opr1_select <= alu_opr1_select_gpr_rdata1;
                    opr2_select <= alu_opr2_select_extResult;
                    pc_in_select <= 3'bxxx;
                    reg_gpr_waddr_select <= gpr_waddr_select_ir_2016;
                    reg_gpr_wdata_select <= gpr_wdata_select_ram;
                    reg_hi_reg_wdata_select <= 2'bxx;
                    reg_lo_reg_wdata_select <= 2'bxx;
                end

            sLoadWB:
                begin
                    ram_we <= 0;
                    pc_we <= 0;
                    ir_we <= 0;
                    gpr_we <= 0;
                    immext_select <= 2'b01;
                    div_start <= 0;
                    hi_we <= 0;
                    lo_we <= 0;
                    cp0_mfc0 <= 0;
                    cp0_mtc0 <= 0;
                    cp0_exception <= 0;
                    cp0_eret <= 0;
                    cp0_cause <= 5'bxxxxx;

                    addr_select <= ram_addr_select_pc;
                    opr1_select <= alu_opr1_select_gpr_rdata1;
                    opr2_select <= alu_opr2_select_extResult;
                    pc_in_select <= 3'bxxx;
                    reg_gpr_waddr_select <= 2'bxx;
                    reg_gpr_wdata_select <= 3'bxxx;
                    reg_hi_reg_wdata_select <= 2'bxx;
                    reg_lo_reg_wdata_select <= 2'bxx;
                end

            sStoreMem:
                begin
                    ram_we <= 0;
                    pc_we <= 0;
                    ir_we <= 0;
                    gpr_we <= 0;
                    immext_select <= 2'b01;
                    div_start <= 0;
                    hi_we <= 0;
                    lo_we <= 0;
                    cp0_mfc0 <= 0;
                    cp0_mtc0 <= 0;
                    cp0_exception <= ctrl_bad_addr;
                    cp0_eret <= 0;
                    cp0_cause <= 5'b00101;

                    addr_select <= ram_addr_select_alu;
                    opr1_select <= alu_opr1_select_gpr_rdata1;
                    opr2_select <= alu_opr2_select_extResult;
                    pc_in_select <= 3'bxxx;
                    reg_gpr_waddr_select <= 2'bxx;
                    reg_gpr_wdata_select <= 3'bxxx;
                    reg_hi_reg_wdata_select <= 2'bxx;
                    reg_lo_reg_wdata_select <= 2'bxx;
                end
            
            sStoreWB:
                begin
                    ram_we <= 1;
                    pc_we <= 0;
                    ir_we <= 0;
                    gpr_we <= 0;
                    immext_select <= 2'b01;
                    div_start <= 0;
                    hi_we <= 0;
                    lo_we <= 0;
                    cp0_mfc0 <= 0;
                    cp0_mtc0 <= 0;
                    cp0_exception <= 0;
                    cp0_eret <= 0;
                    cp0_cause <= 5'bxxxxx;

                    addr_select <= ram_addr_select_alu;
                    opr1_select <= alu_opr1_select_gpr_rdata1;
                    opr2_select <= alu_opr2_select_extResult;
                    pc_in_select <= 3'bxxx;
                    reg_gpr_waddr_select <= 2'bxx;
                    reg_gpr_wdata_select <= 3'bxxx;
                    reg_hi_reg_wdata_select <= 2'bxx;
                    reg_lo_reg_wdata_select <= 2'bxx;
                end
            
            sMFC0Ask:
                begin
                    ram_we <= 0;
                    pc_we <= 0;
                    ir_we <= 0;
                    gpr_we <= 0;
                    immext_select <= 2'bxx;
                    div_start <= 0;
                    hi_we <= 0;
                    lo_we <= 0;
                    cp0_mfc0 <= 1;
                    cp0_mtc0 <= 0;
                    cp0_exception <= 0;
                    cp0_eret <= 0;
                    cp0_cause <= 5'bxxxxx;

                    addr_select <= ir_ctrl_instr[31] & ~ctrl_bad_addr;
                    opr1_select <= 2'bxx;
                    opr2_select <= 2'bxx;
                    pc_in_select <= 3'bxxx;
                    reg_gpr_waddr_select <= 2'bxx;
                    reg_gpr_wdata_select <= 3'bxxx;
                    reg_hi_reg_wdata_select <= 2'bxx;
                    reg_lo_reg_wdata_select <= 2'bxx;
                end

            sMFC0Get:
                begin
                    ram_we <= 0;
                    pc_we <= 0;
                    ir_we <= 0;
                    gpr_we <= 1;
                    immext_select <= 2'bxx;
                    div_start <= 0;
                    hi_we <= 0;
                    lo_we <= 0;
                    cp0_mfc0 <= 1;
                    cp0_mtc0 <= 0;
                    cp0_exception <= 0;
                    cp0_eret <= 0;
                    cp0_cause <= 5'bxxxxx;

                    addr_select <= ir_ctrl_instr[31] & ~ctrl_bad_addr;
                    opr1_select <= 2'bxx;
                    opr2_select <= 2'bxx;
                    pc_in_select <= 3'bxxx;
                    reg_gpr_waddr_select <= gpr_waddr_select_ir_2016;
                    reg_gpr_wdata_select <= gpr_wdata_select_cp0;
                    reg_hi_reg_wdata_select <= 2'bxx;
                    reg_lo_reg_wdata_select <= 2'bxx;
                end

            sMFHI:
                begin
                    ram_we <= 0;
                    pc_we <= 0;
                    ir_we <= 0;
                    gpr_we <= 1;
                    immext_select <= 2'bxx;
                    div_start <= 0;
                    hi_we <= 0;
                    lo_we <= 0;
                    cp0_mfc0 <= 0;
                    cp0_mtc0 <= 0;
                    cp0_exception <= 0;
                    cp0_eret <= 0;
                    cp0_cause <= 5'bxxxxx;

                    addr_select <= ir_ctrl_instr[31] & ~ctrl_bad_addr;
                    opr1_select <= 2'bxx;
                    opr2_select <= 2'bxx;
                    pc_in_select <= 3'bxxx;
                    reg_gpr_waddr_select <= gpr_waddr_select_ir_1511;
                    reg_gpr_wdata_select <= gpr_wdata_select_hi;
                    reg_hi_reg_wdata_select <= 2'bxx;
                    reg_lo_reg_wdata_select <= 2'bxx;
                end

            sMFLO:
                begin
                    ram_we <= 0;
                    pc_we <= 0;
                    ir_we <= 0;
                    gpr_we <= 1;
                    immext_select <= 2'bxx;
                    div_start <= 0;
                    hi_we <= 0;
                    lo_we <= 0;
                    cp0_mfc0 <= 0;
                    cp0_mtc0 <= 0;
                    cp0_exception <= 0;
                    cp0_eret <= 0;
                    cp0_cause <= 5'bxxxxx;

                    addr_select <= ir_ctrl_instr[31] & ~ctrl_bad_addr;
                    opr1_select <= 2'bxx;
                    opr2_select <= 2'bxx;
                    pc_in_select <= 3'bxxx;
                    reg_gpr_waddr_select <= gpr_waddr_select_ir_1511;
                    reg_gpr_wdata_select <= gpr_wdata_select_lo;
                    reg_hi_reg_wdata_select <= 2'bxx;
                    reg_lo_reg_wdata_select <= 2'bxx;
                end
            
            sMTC0:
                begin
                    ram_we <= 0;
                    pc_we <= 0;
                    ir_we <= 0;
                    gpr_we <= 0;
                    immext_select <= 2'bxx;
                    div_start <= 0;
                    hi_we <= 0;
                    lo_we <= 0;
                    cp0_mfc0 <= 0;
                    cp0_mtc0 <= 1;
                    cp0_exception <= 0;
                    cp0_eret <= 0;
                    cp0_cause <= 5'bxxxxx;

                    addr_select <= ir_ctrl_instr[31] & ~ctrl_bad_addr;
                    opr1_select <= 2'bxx;
                    opr2_select <= 2'bxx;
                    pc_in_select <= 3'bxxx;
                    reg_gpr_waddr_select <= 2'bxx;
                    reg_gpr_wdata_select <= 3'bxxx;
                    reg_hi_reg_wdata_select <= 2'bxx;
                    reg_lo_reg_wdata_select <= 2'bxx;
                end

            sMTHI:
                begin
                    ram_we <= 0;
                    pc_we <= 0;
                    ir_we <= 0;
                    gpr_we <= 0;
                    immext_select <= 2'bxx;
                    div_start <= 0;
                    hi_we <= 1;
                    lo_we <= 0;
                    cp0_mfc0 <= 0;
                    cp0_mtc0 <= 0;
                    cp0_exception <= 0;
                    cp0_eret <= 0;
                    cp0_cause <= 5'bxxxxx;

                    addr_select <= ir_ctrl_instr[31] & ~ctrl_bad_addr;
                    opr1_select <= 2'bxx;
                    opr2_select <= 2'bxx;
                    pc_in_select <= 3'bxxx;
                    reg_gpr_waddr_select <= 2'bxx;
                    reg_gpr_wdata_select <= 3'bxxx;
                    reg_hi_reg_wdata_select <= hi_wdata_select_gpr;
                    reg_lo_reg_wdata_select <= 2'bxx;
                end

            sMTLO:
                begin
                    ram_we <= 0;
                    pc_we <= 0;
                    ir_we <= 0;
                    gpr_we <= 0;
                    immext_select <= 2'bxx;
                    div_start <= 0;
                    hi_we <= 0;
                    lo_we <= 1;
                    cp0_mfc0 <= 0;
                    cp0_mtc0 <= 0;
                    cp0_exception <= 0;
                    cp0_eret <= 0;
                    cp0_cause <= 5'bxxxxx;

                    addr_select <= ir_ctrl_instr[31] & ~ctrl_bad_addr;
                    opr1_select <= 2'bxx;
                    opr2_select <= 2'bxx;
                    pc_in_select <= 3'bxxx;
                    reg_gpr_waddr_select <= 2'bxx;
                    reg_gpr_wdata_select <= 3'bxxx;
                    reg_hi_reg_wdata_select <= 2'bxx;
                    reg_lo_reg_wdata_select <= lo_wdata_select_gpr;
                end

            sSyscall:
                begin
                    ram_we <= 0;
                    pc_we <= 0;
                    ir_we <= 0;
                    gpr_we <= 0;
                    immext_select <= 2'bxx;
                    div_start <= 0;
                    hi_we <= 0;
                    lo_we <= 0;
                    cp0_mfc0 <= 0;
                    cp0_mtc0 <= 0;
                    cp0_exception <= 1;
                    cp0_eret <= 0;
                    cp0_cause <= 5'b01000;

                    addr_select <= ir_ctrl_instr[31] & ~ctrl_bad_addr;
                    opr1_select <= 2'bxx;
                    opr2_select <= 2'bxx;
                    pc_in_select <= 3'bxxx;
                    reg_gpr_waddr_select <= 2'bxx;
                    reg_gpr_wdata_select <= 3'bxxx;
                    reg_hi_reg_wdata_select <= 2'bxx;
                    reg_lo_reg_wdata_select <= 2'bxx;
                end

            sEret:
                begin
                    ram_we <= 0;
                    pc_we <= 0;
                    ir_we <= 0;
                    gpr_we <= 0;
                    immext_select <= 2'bxx;
                    div_start <= 0;
                    hi_we <= 0;
                    lo_we <= 0;
                    cp0_mfc0 <= 0;
                    cp0_mtc0 <= 0;
                    cp0_exception <= 0;
                    cp0_eret <= 1;
                    cp0_cause <= 5'bxxxxx;

                    addr_select <= ir_ctrl_instr[31] & ~ctrl_bad_addr;
                    opr1_select <= 2'bxx;
                    opr2_select <= 2'bxx;
                    pc_in_select <= 3'bxxx;
                    reg_gpr_waddr_select <= 2'bxx;
                    reg_gpr_wdata_select <= 3'bxxx;
                    reg_hi_reg_wdata_select <= 2'bxx;
                    reg_lo_reg_wdata_select <= 2'bxx;
                end

            sTeqExe:
                begin
                    ram_we <= 0;
                    pc_we <= 0;
                    ir_we <= 0;
                    gpr_we <= 0;
                    immext_select <= 2'bxx;
                    div_start <= 0;
                    hi_we <= 0;
                    lo_we <= 0;
                    cp0_mfc0 <= 0;
                    cp0_mtc0 <= 0;
                    cp0_exception <= 0;
                    cp0_eret <= 0;
                    cp0_cause <= 5'bxxxxx;

                    addr_select <= ir_ctrl_instr[31] & ~ctrl_bad_addr;
                    opr1_select <= alu_opr1_select_gpr_rdata1;
                    opr2_select <= alu_opr2_select_gpr_rdata2;
                    pc_in_select <= 3'bxxx;
                    reg_gpr_waddr_select <= 2'bxx;
                    reg_gpr_wdata_select <= 3'bxxx;
                    reg_hi_reg_wdata_select <= 2'bxx;
                    reg_lo_reg_wdata_select <= 2'bxx;
                end

            sTeqWB:
                begin
                    ram_we <= 0;
                    pc_we <= 0;
                    ir_we <= 0;
                    gpr_we <= 0;
                    immext_select <= 2'bxx;
                    div_start <= 0;
                    hi_we <= 0;
                    lo_we <= 0;
                    cp0_mfc0 <= 0;
                    cp0_mtc0 <= 0;
                    cp0_exception <= alu_ctrl_zero;
                    cp0_eret <= 0;
                    cp0_cause <= 5'b01101;

                    addr_select <= ir_ctrl_instr[31] & ~ctrl_bad_addr;
                    opr1_select <= alu_opr1_select_gpr_rdata1;
                    opr2_select <= alu_opr2_select_gpr_rdata2;
                    pc_in_select <= 3'bxxx;
                    reg_gpr_waddr_select <= 2'bxx;
                    reg_gpr_wdata_select <= 3'bxxx;
                    reg_hi_reg_wdata_select <= 2'bxx;
                    reg_lo_reg_wdata_select <= 2'bxx;
                end

            sBreak:
                begin
                    ram_we <= 0;
                    pc_we <= 0;
                    ir_we <= 0;
                    gpr_we <= 0;
                    immext_select <= 2'bxx;
                    div_start <= 0;
                    hi_we <= 0;
                    lo_we <= 0;
                    cp0_mfc0 <= 0;
                    cp0_mtc0 <= 0;
                    cp0_exception <= 1;
                    cp0_eret <= 0;
                    cp0_cause <= 5'b01001;

                    addr_select <= ir_ctrl_instr[31] & ~ctrl_bad_addr;
                    opr1_select <= 2'bxx;
                    opr2_select <= 2'bxx;
                    pc_in_select <= 3'bxxx;
                    reg_gpr_waddr_select <= 2'bxx;
                    reg_gpr_wdata_select <= 3'bxxx;
                    reg_hi_reg_wdata_select <= 2'bxx;
                    reg_lo_reg_wdata_select <= 2'bxx;
                end

            sMul3WB:
                begin
                    ram_we <= 0;
                    pc_we <= 0;
                    ir_we <= 0;
                    gpr_we <= 1;
                    immext_select <= 2'bxx;
                    div_start <= 0;
                    hi_we <= 1;
                    lo_we <= 1;
                    cp0_mfc0 <= 0;
                    cp0_mtc0 <= 0;
                    cp0_exception <= 0;
                    cp0_eret <= 0;
                    cp0_cause <= 5'bxxxxx;

                    addr_select <= ir_ctrl_instr[31] & ~ctrl_bad_addr;
                    opr1_select <= 2'bxx;
                    opr2_select <= 2'bxx;
                    pc_in_select <= 3'bxxx;
                    reg_gpr_waddr_select <= gpr_waddr_select_ir_1511;
                    reg_gpr_wdata_select <= gpr_wdata_select_multLo;
                    reg_hi_reg_wdata_select <= hi_wdata_select_mult;
                    reg_lo_reg_wdata_select <= lo_wdata_select_mult;
                end

            sException:
                begin
                    ram_we <= 0;
                    pc_we <= 1;
                    ir_we <= 0;
                    gpr_we <= 0;
                    immext_select <= 2'bxx;
                    div_start <= 0;
                    hi_we <= 0;
                    lo_we <= 0;
                    cp0_mfc0 <= 0;
                    cp0_mtc0 <= 0;
                    cp0_exception <= 0;
                    cp0_eret <= 0;
                    cp0_cause <= 5'bxxxxx;

                    addr_select <= ir_ctrl_instr[31] & ~ctrl_bad_addr;
                    opr1_select <= 2'bxx;
                    opr2_select <= 2'bxx;
                    pc_in_select <= pc_in_select_cp0_exc_addr;
                    reg_gpr_waddr_select <= 2'bxx;
                    reg_gpr_wdata_select <= 3'bxxx;
                    reg_hi_reg_wdata_select <= 2'bxx;
                    reg_lo_reg_wdata_select <= 2'bxx;
                end
            default: 
                begin
                    ram_we <= 0;
                    pc_we <= 1;
                    ir_we <= 0;
                    gpr_we <= 0;
                    immext_select <= 2'bxx;
                    div_start <= 0;
                    hi_we <= 0;
                    lo_we <= 0;
                    cp0_mfc0 <= 0;
                    cp0_mtc0 <= 0;
                    cp0_exception <= 0;
                    cp0_eret <= 0;
                    cp0_cause <= 5'bxxxxx;

                    addr_select <= ir_ctrl_instr[31] & ~ctrl_bad_addr;
                    opr1_select <= 2'bxx;
                    opr2_select <= 2'bxx;
                    pc_in_select <= pc_in_select_cp0_exc_addr;
                    reg_gpr_waddr_select <= 2'bxx;
                    reg_gpr_wdata_select <= 3'bxxx;
                    reg_hi_reg_wdata_select <= 2'bxx;
                    reg_lo_reg_wdata_select <= 2'bxx;
                end
        endcase
    end


endmodule